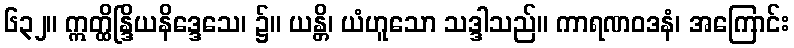
၆၃၂။ ဣတ္ထိန္ဒြိယနိဒ္ဒေသေ၊ ၌။ ယန္တိ၊ ယံဟူသော သဒ္ဒါသည်။ ကာရဏဝဒနံ၊ အကြောင်း